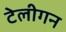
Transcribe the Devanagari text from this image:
टेलीगन